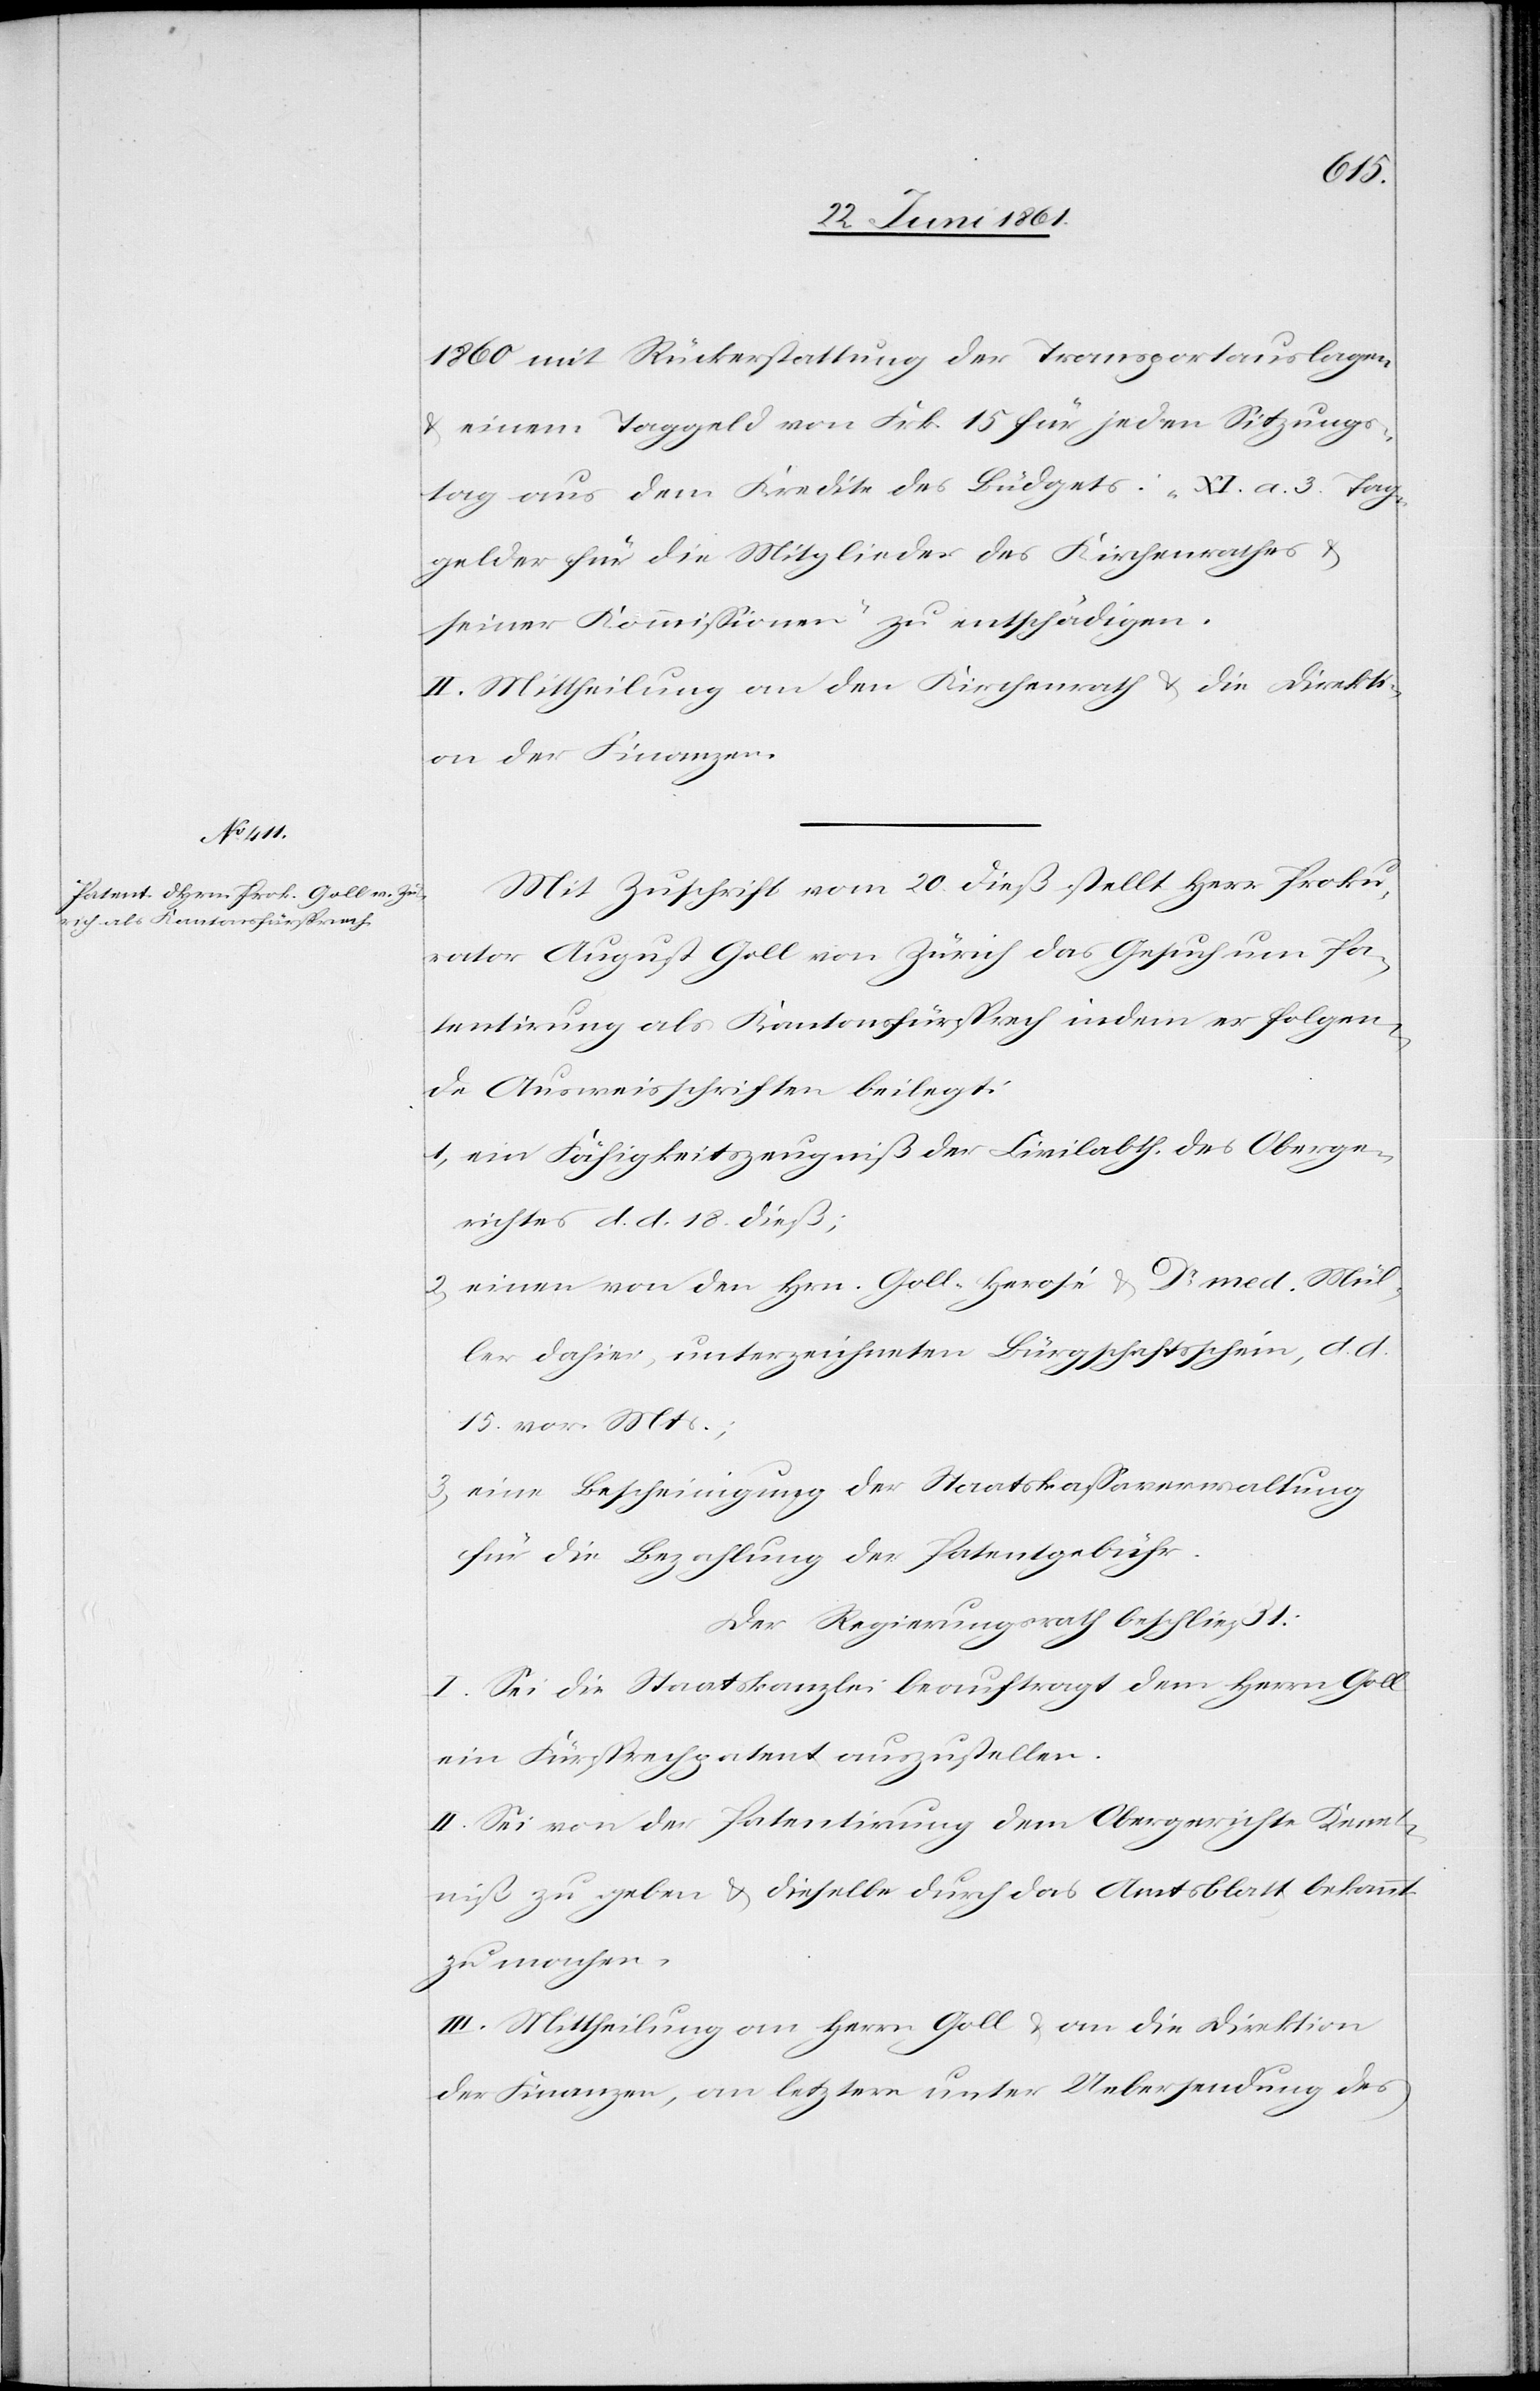
ll
1860 mit Rückerstattung der Transportauslagen
u. einem Taggeld von Frk. 15 für jeden Sitzungs¬
tag aus dem Kredite des Büdgets: „XI. a. 3 Tag¬
gelder für die Mitglieder des Kirchenrathes u.
seiner Kommissionen“ zu entschädigen.
II. Mittheilung an den Kirchenrath u. die Direkti¬
on der Finanzen.
Mit Zuschrift vom 20. dieß stellt Herr Proku¬
rator August Goll von Zürich das Gesuch um Pa¬
tentirung als Kantonsfürsprech indem er folgen¬
de Ausweisschriften beilegt:
1) ein Fähigkeitszeugniß der Civilabth. des Oberge¬
richtes d. d. 18. dieß;
2) einen von den Hrn. Goll-Herosi u. Dr. Med. Mül¬
ler dahier, unterzeichneten Bürgschaftsschein, d.
15. vor. Mts.;
3) eine Bescheinigung der Staatskassaverwaltung
für die Bezahlung der Patentgebühr.
Der Regierungsrath beschließt:
I. Sei die Staatskanzlei beauftragt dem Herrn Go¬
ein Fürsprechpatent auszustellen.
II. Sei von der Patentirung dem Obergerichte Kennt¬
niß zu geben u. dieselbe durch das Amtsblatt bekannt
zu machen.
III. Mittheilung an Herrn Goll u. an die Direktion
der Finanzen, an letztere unter Uebersendung des